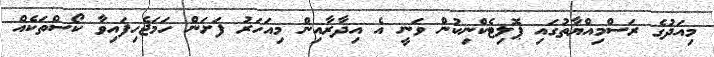
މިއަދުގެ ރަސްމިއްޔާތުގައި ޕޮލިޓެކްނިކުން ވަނީ އެ އިދާރާއިން މިއަހަރު ފަށަން ހަމަޖެހިފައިވާ ކޯސްތަކެއް